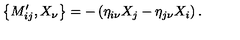
\left\{ M _ { i j } ^ { \prime } , X _ { \nu } \right\} = - \left( \eta _ { i \nu } X _ { j } - \eta _ { j \nu } X _ { i } \right) .